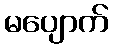
မပျောက်